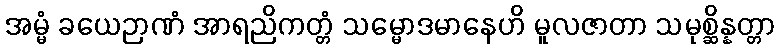
အမ္မံ ခယေဉာဏံ အာရညိကတ္တံ သမ္မောဒမာနေဟိ မူလဇာတာ သမုစ္ဆိန္နတ္တာ